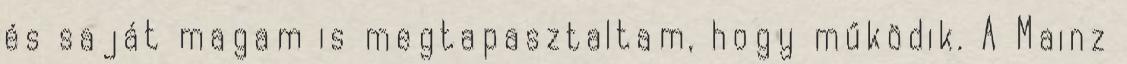
és saját magam is megtapasztaltam, hogy működik. A Mainz